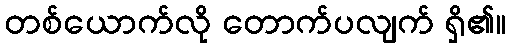
တစ်ယောက်လို တောက်ပလျက် ရှိ၏။